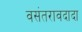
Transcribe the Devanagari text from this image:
वसंतरावदादा